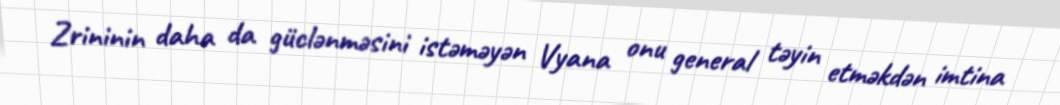
Zrininin daha da güclənməsini istəməyən Vyana onu general təyin etməkdən imtina